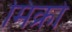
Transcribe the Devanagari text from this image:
मिक्रो